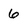
Character: 6